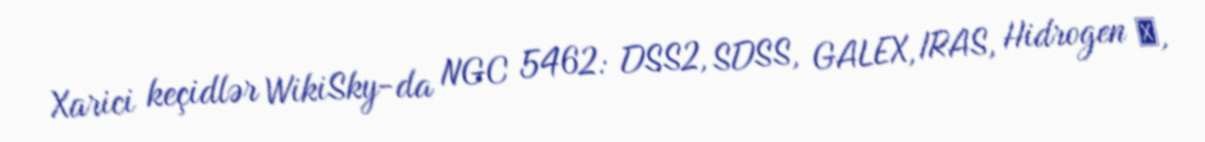
Xarici keçidlər WikiSky-da NGC 5462: DSS2, SDSS, GALEX, IRAS, Hidrogen α,